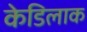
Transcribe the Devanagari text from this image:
केडिलाक